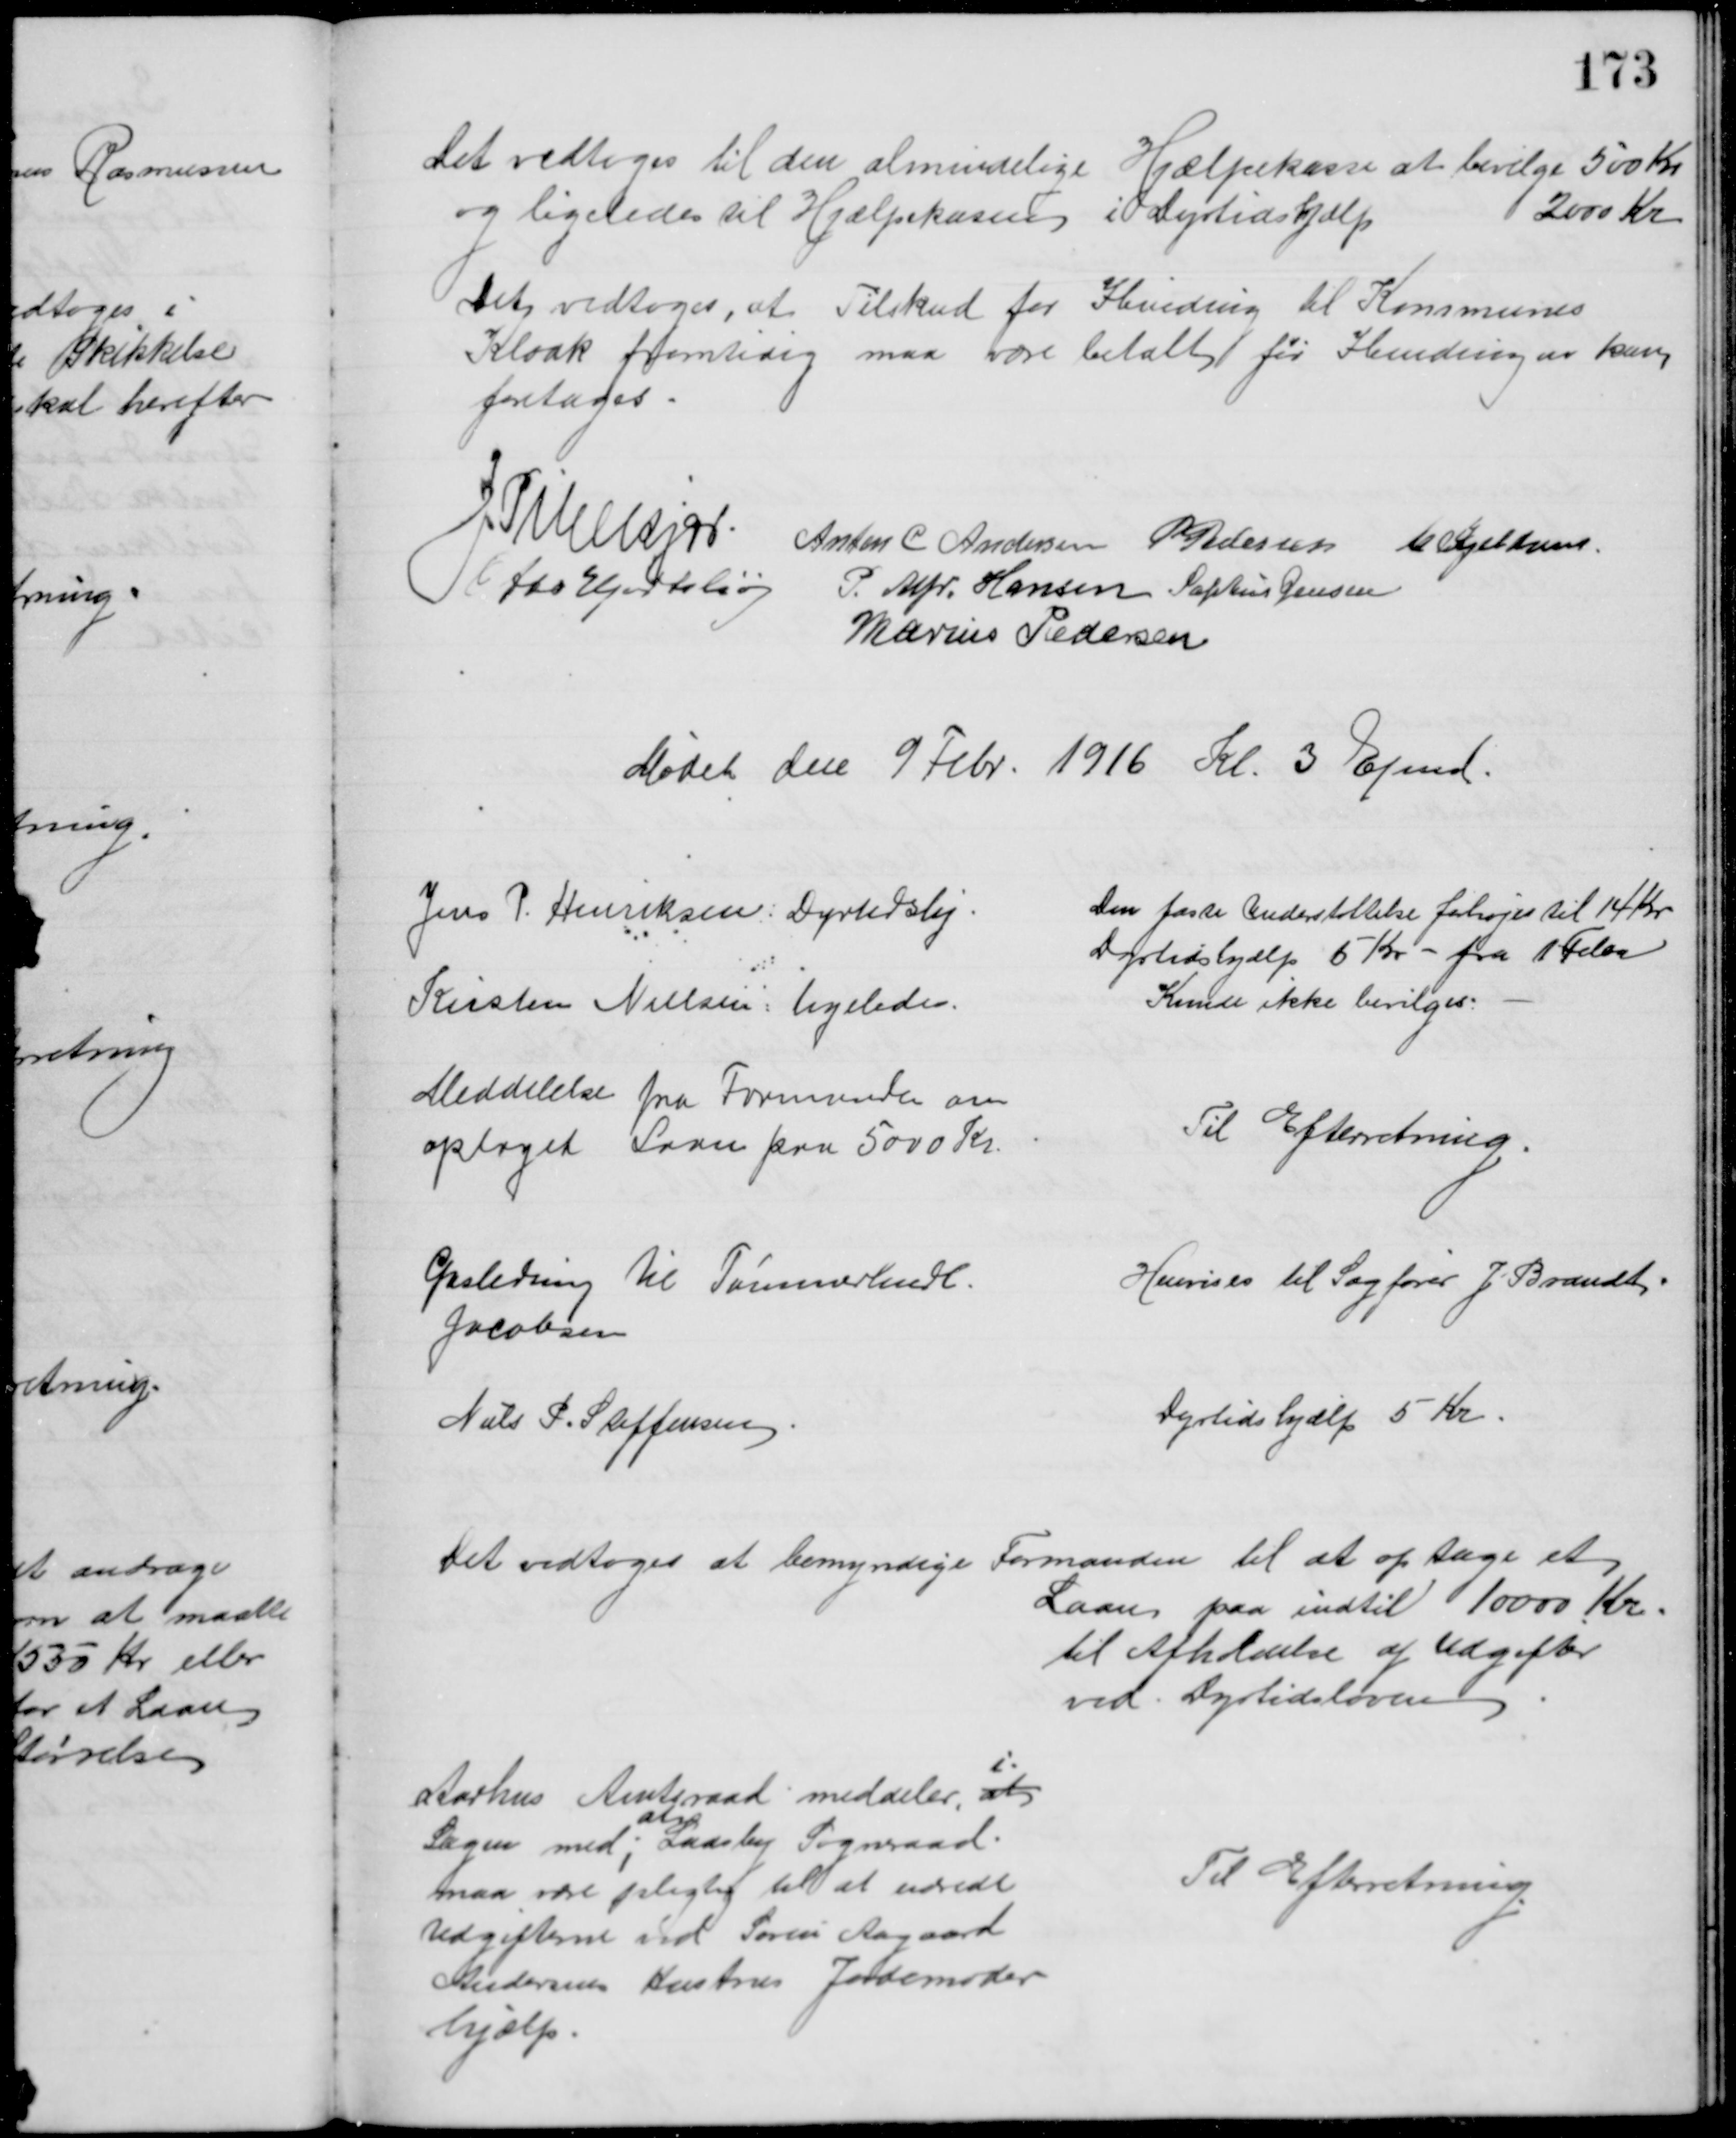
Transskription:
Det vedtoges til den almindelige Hjælpekasse at bevilge 500 Kr
og ligeledes til Hjælpekassen i Dyrtidshjælp
2000 Kr
Det vedtoges, at Tilskud for Ibinding til Kommunes
Kloak fremtidig maa være betalt før Ibindingen kan
foretages
J. Pihlkjær
Anton C Andersen P Pedersen C. Kjeldsen
Otto Hjortshøj
P. Alfr. Hansen Sophus Jensen
Marius Pedersen
Mødet den 9 Febr. 1916 Kl. 3 Efmd.
Jens P. Henriksen: Dyrtidshj
Den faste Understøttelse forhøjes til 14 Kr.
Dyrtidshjælp 5 Kr - fra 1 Febr
Kirsten Nielsen, ligeledes
Kunde ikke bevilges
Meddelelse fra Formanden om
optaget Laan paa 5000 Kr.
Til Efterretning.
Gasledning til Tømmerhndl.
Jacobsen
Henvises til Sagfører J Brandt
Niels P. Steffensen
Dyrtidshjælp 5 Kr
Det vedtoges at bemyndige Formanden til at optage et
Laan paa indtil 10000 Kr.
til Afholdelse af Udgifter
ved Dyrtidsloven
Aarhus Amtsraad meddeler, at
i
Sagen med; 
at
Laasby Sogneraad
maa være pligtig til at udrede
Udgifterne ved Søren Aagaard
Andersens Hustrus Jordemoder
hjælp
Til Efterretning